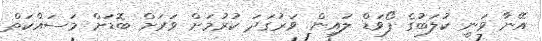
އޭނާ ވަނީ ކުލަބުގެ ފޯވަޑް ލައިން ވަރުގަދަ ކުރުމަށް ވަރަށް ބޮޑަށް މަސައްކަތް